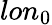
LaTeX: lon_{0}